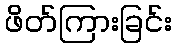
ဖိတ်ကြားခြင်း